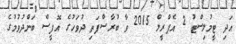
އަދި ޓީމުލިސްޓު 2 އެޕްރީލް 2015 ވާ ބުރާސްފަތި ދުވަހުގެ އޮފީސް ބަންދުވުމުގެ